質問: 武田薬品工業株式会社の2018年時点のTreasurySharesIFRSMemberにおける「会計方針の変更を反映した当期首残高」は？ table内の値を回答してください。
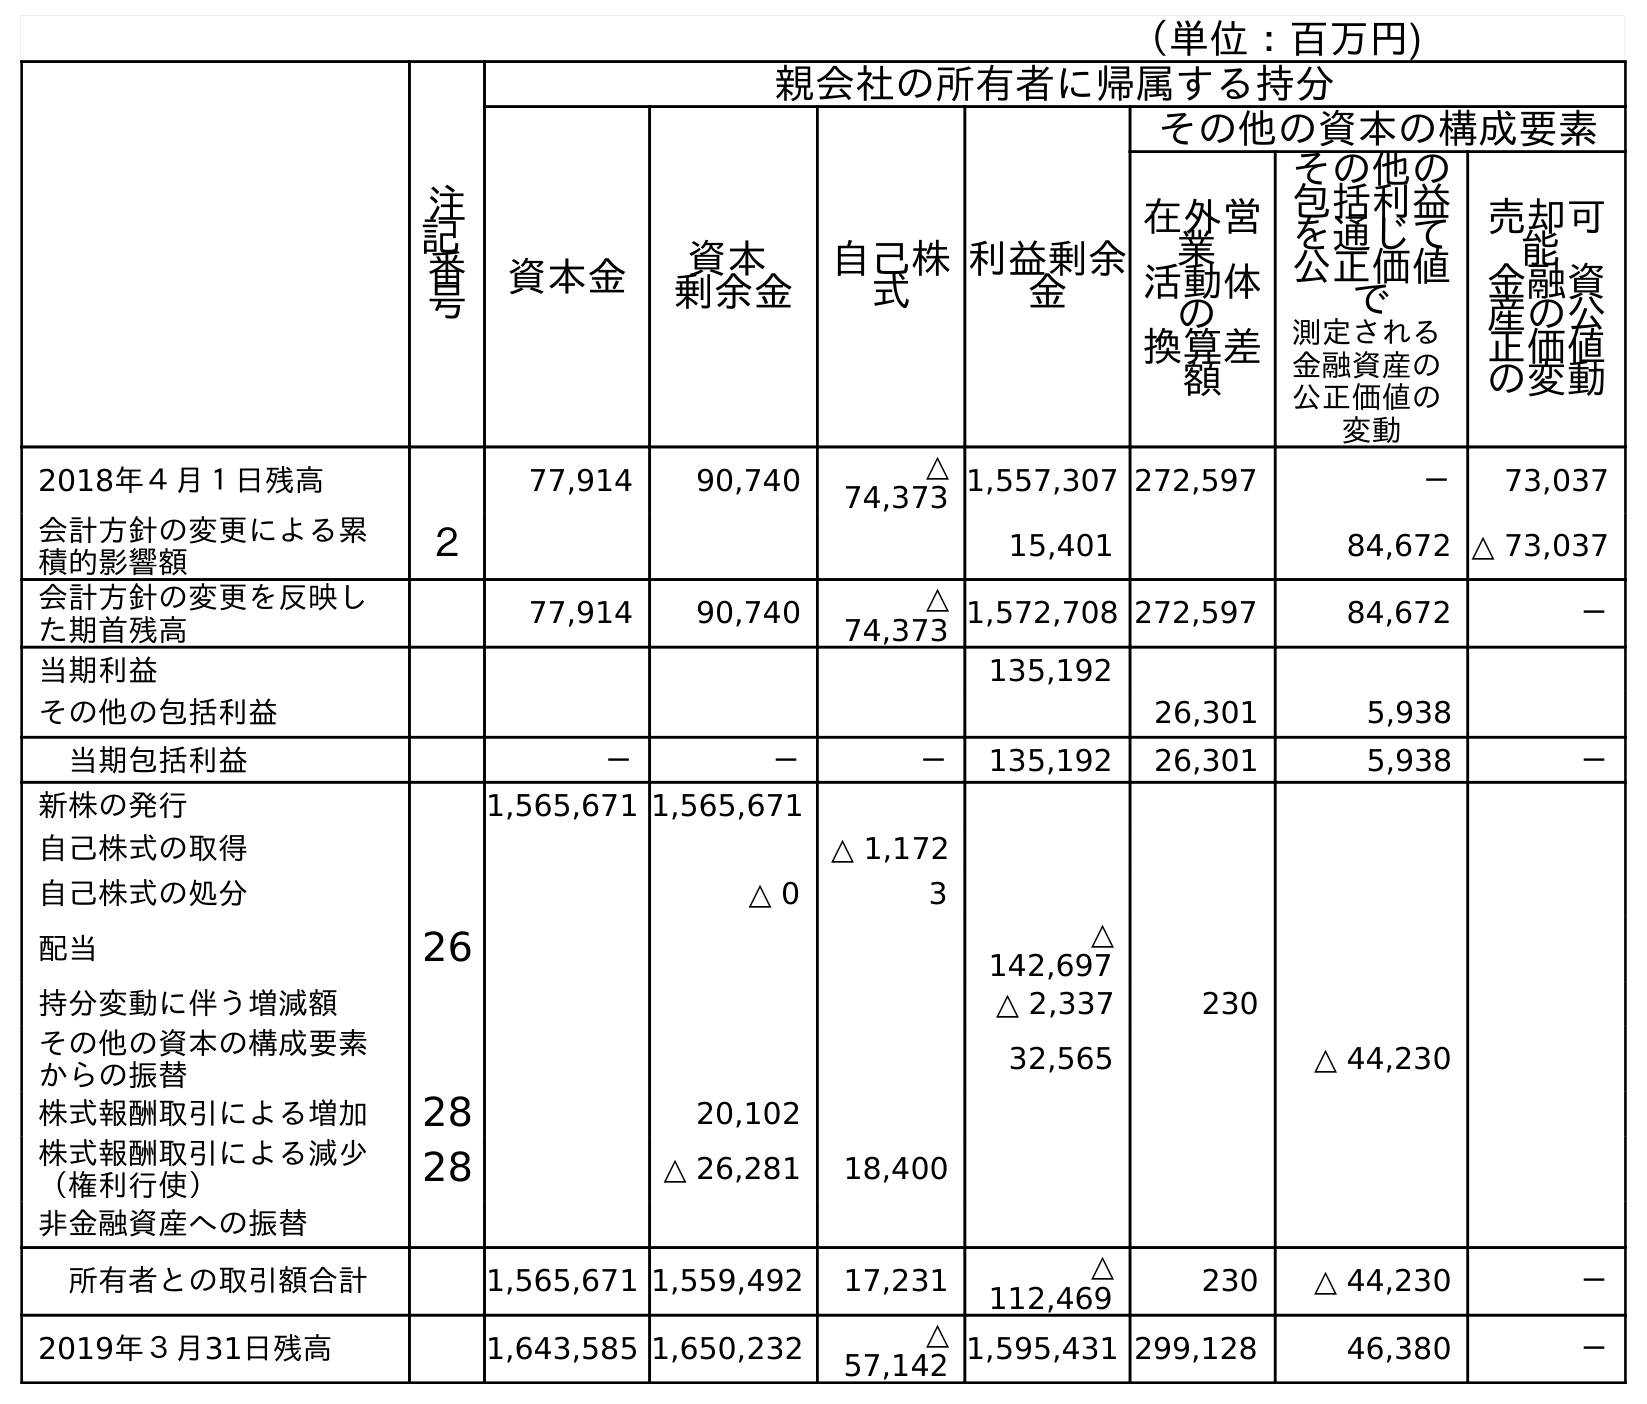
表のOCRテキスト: （単位：百万円) 注 記 番 号 親会社の所有者に帰属する持分 資本金 資本 剰余金 自己株 式 利益剰余 金 その他の資本の構成要素 在外営 業 活動体 の 換算差 額 その他の 包括利益 を通じて 公正価値 で 測定される 金融資産の 公正価値の 変動 売却可 能 金融資 産の公 正価値 の変動 2018年４月１日残高 77,914 90,740 △ 74,373 1,557,307 272,597 － 73,037 会計方針の変更による累 積的影響額 ２ 15,401 84,672 △ 73,037 会計方針の変更を反映し た期首残高 77,914 90,740 △ 74,373 1,572,708 272,597 84,672 － 当期利益 135,192 その他の包括利益 26,301 5,938 当期包括利益 － － － 135,192 26,301 5,938 － 新株の発行 1,565,671 1,565,671 自己株式の取得 △ 1,172 自己株式の処分 △ 0 3 配当 26 △ 142,697 持分変動に伴う増減額 △ 2,337 230 その他の資本の構成要素 からの振替 32,565 △ 44,230 株式報酬取引による増加 28 20,102 株式報酬取引による減少 （権利行使） 28 △ 26,281 18,400 非金融資産への振替 所有者との取引額合計 1,565,671 1,559,492 17,231 △ 112,469 230 △ 44,230 － 2019年３月31日残高 1,643,585 1,650,232 △ 57,142 1,595,431 299,128 46,380 －
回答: △74,373